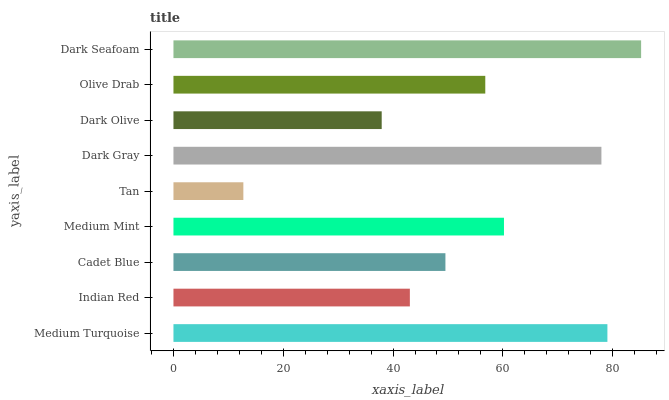
| yaxis_label | bars |
 | --- | --- |
 | Medium Turquoise | 79 |
 | Indian Red | 43.1 |
 | Cadet Blue | 49.5 |
 | Medium Mint | 60.2 |
 | Tan | 12.7 |
 | Dark Gray | 78 |
 | Dark Olive | 37.9 |
 | Olive Drab | 56.8 |
 | Dark Seafoam | 85.2 |